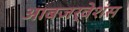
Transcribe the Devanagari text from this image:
आबजर्वेशंस